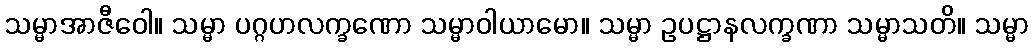
သမ္မာအာဇီဝေါ။ သမ္မာ ပဂ္ဂဟလက္ခဏော သမ္မာဝါယာမော။ သမ္မာ ဥပဋ္ဌာနလက္ခဏာ သမ္မာသတိ။ သမ္မာ